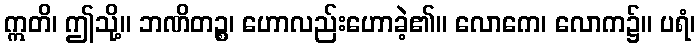
ဣတိ၊ ဤသို့။ ဘဏိတဉ္စ၊ ဟောလည်းဟောခဲ့၏။ လောကေ၊ လောက၌။ ပရံ၊